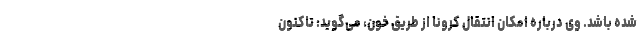
شده باشد. وی درباره امکان انتقال کرونا از طریق خون، می‌گوید: تاکنون